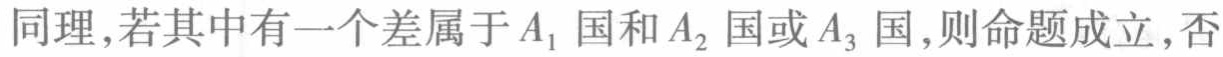
同理，若其中有一个差属于\(A_1\)国和\(A_2\)国或\(A_3\)国，则命题成立，否